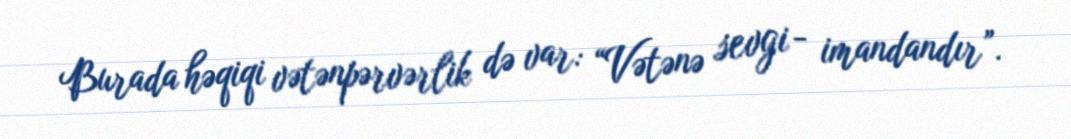
Burada həqiqi vətənpərvərlik də var: “Vətənə sevgi - imandandır”.